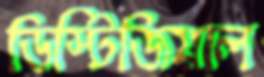
ডিস্টিজিয়াল